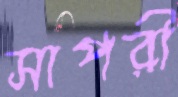
সাপরী